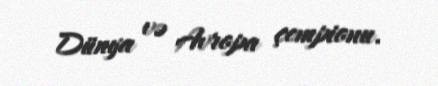
Dünya və Avropa çempionu.